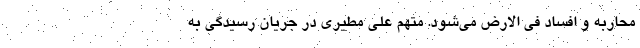
محاربه و افساد فی الارض می‌شود. متهم علی مطیری در جریان رسیدگی به